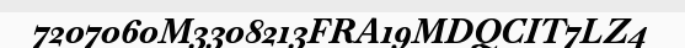
7207060M3308213FRA19MDQCIT7LZ4